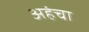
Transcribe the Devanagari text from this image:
अहंचा